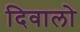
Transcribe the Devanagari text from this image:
दिवालो